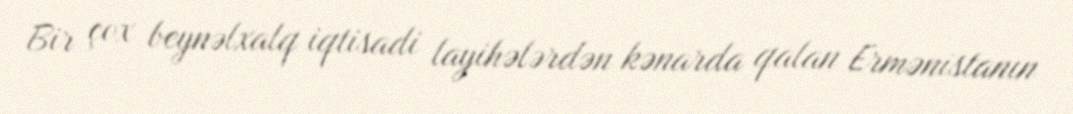
Bir çox beynəlxalq iqtisadi layihələrdən kənarda qalan Ermənistanın